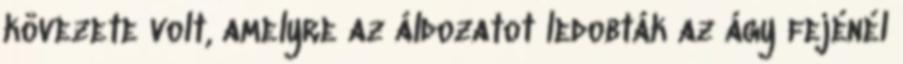
kövezete volt, amelyre az áldozatot ledobták az ágy fejénél